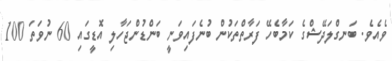
ވެއެވެ. ބަނގްލަދޭޝްގެ ކަމާބެހޭ ފަރާތްތަކުން ބުނެފައިވަނީ ބަންޑުންޖަހާލި އޮޑީގައި 60 ނުވަތަ 100